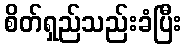
စိတ်ရှည်သည်းခံပြီး